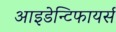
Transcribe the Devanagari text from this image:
आइडेन्टिफायर्स